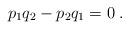
LaTeX: \begin{align*}p_1 q_2 - p_2 q_1 = 0 \;.\end{align*}